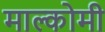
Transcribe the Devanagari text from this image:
माल्कोमी